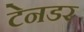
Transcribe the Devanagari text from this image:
टेनडर